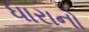
ધારાનો